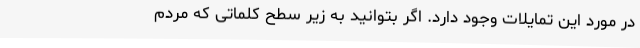
در مورد این تمایلات وجود دارد. اگر بتوانید به زیر سطح کلماتی که مردم